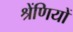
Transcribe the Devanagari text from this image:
श्रेंणियों